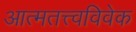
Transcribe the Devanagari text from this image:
आत्मतत्त्वविवेक